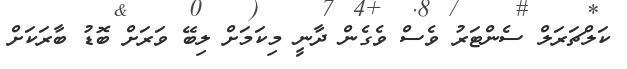
ކަލްޗަރަލް ސެންޓަރު ވެސް ވެގެން ދާނީ މިކަމަށް ލިބޭ ވަރަށް ބޮޑު ބާރަކަށް